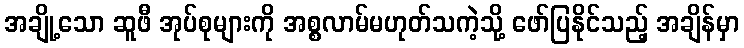
အချို့သော ဆူဖီ အုပ်စုများကို အစ္စလာမ်မဟုတ်သကဲ့သို့ ဖော်ပြနိုင်သည့် အချိန်မှာ